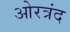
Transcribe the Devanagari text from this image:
ओरत्रंद